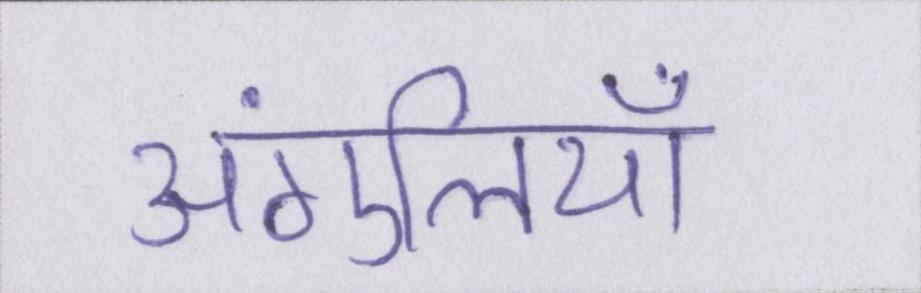
अंगुलियाँ